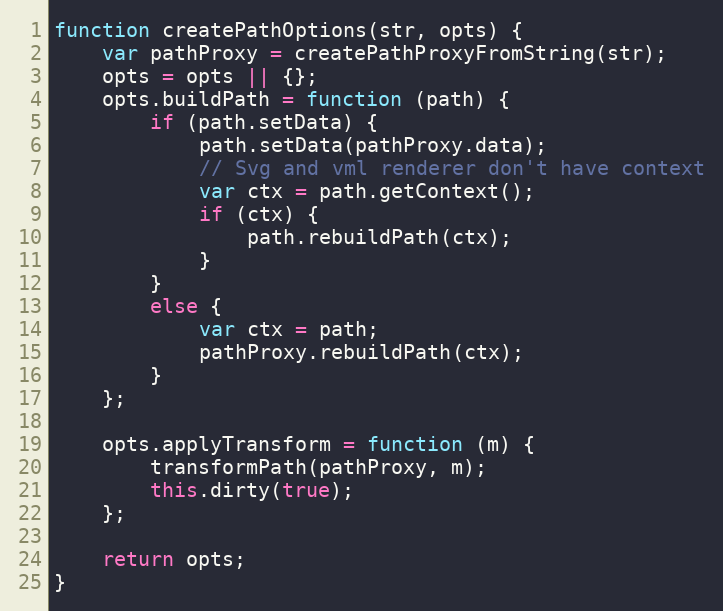
Language: JavaScript
function createPathOptions(str, opts) {
    var pathProxy = createPathProxyFromString(str);
    opts = opts || {};
    opts.buildPath = function (path) {
        if (path.setData) {
            path.setData(pathProxy.data);
            // Svg and vml renderer don't have context
            var ctx = path.getContext();
            if (ctx) {
                path.rebuildPath(ctx);
            }
        }
        else {
            var ctx = path;
            pathProxy.rebuildPath(ctx);
        }
    };

    opts.applyTransform = function (m) {
        transformPath(pathProxy, m);
        this.dirty(true);
    };

    return opts;
}